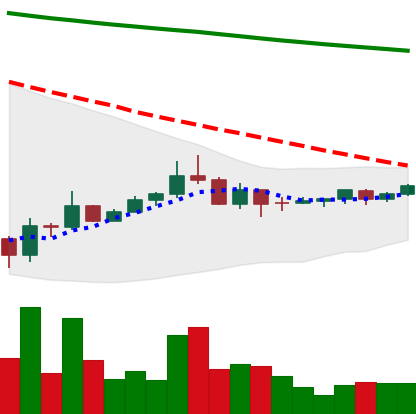
Ticker: DOGE-USD
Chart end date: 2022-07-07
Forward return: -14.916%
Label: down_7plus